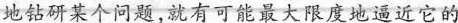
地钻研某个问题，就有可能最大限度地逼近它的